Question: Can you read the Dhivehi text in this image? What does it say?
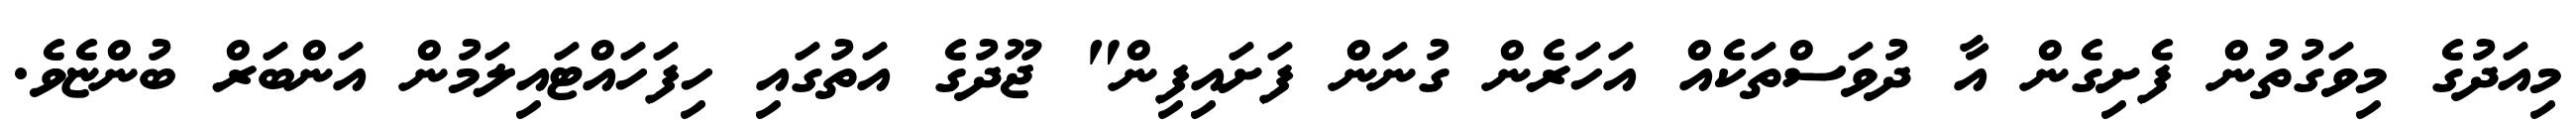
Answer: މިއަދުގެ މިވަގުތުން ފެށިގެން އާ ދުވަސްތަކެއް އަހަރެން ގުނަން ފަށައިފިން" ޖޫދުގެ އަތުގައި ހިފަހައްޓައިލަމުން އަންބަރް ބުންޏެވެ.